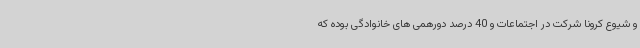
و شیوع کرونا شرکت در اجتماعات و 40 درصد دورهمی های خانوادگی بوده که